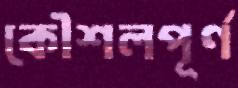
কৌশলপূর্ণ